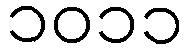
၁၀၁၁